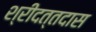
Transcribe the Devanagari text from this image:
श्रीदत्तदास